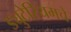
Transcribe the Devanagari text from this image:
ड्युटेरियमचे